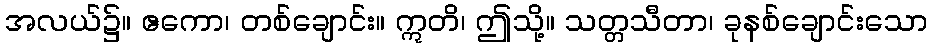
အလယ်၌။ ဧကော၊ တစ်ချောင်း။ ဣတိ၊ ဤသို့။ သတ္တသီတာ၊ ခုနစ်ချောင်းသော